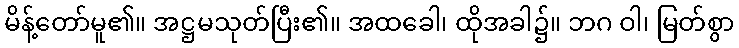
မိန့်တော်မူ၏။ အဋ္ဌမသုတ်ပြီး၏။ အထခေါ၊ ထိုအခါ၌။ ဘဂ ဝါ၊ မြတ်စွာ